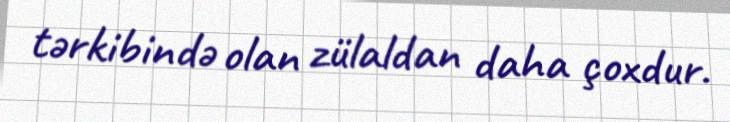
tərkibində olan zülaldan daha çoxdur.